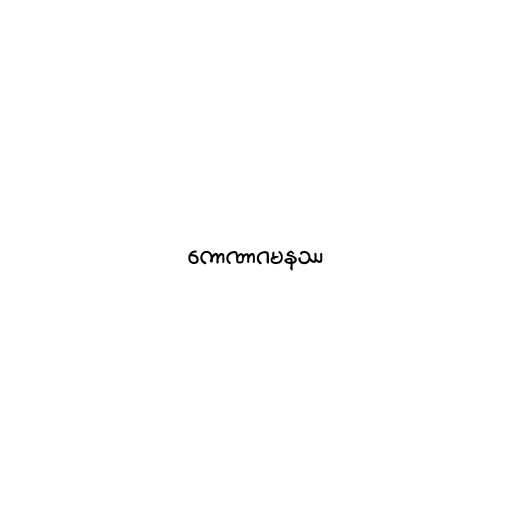
ကောဏာဂမနဿ